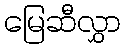
မြေဆီလွှာ